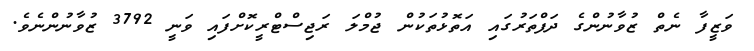
ވަޒީފާ ނެތް ޒުވާނުންގެ ދަފްތަރުގައި އަތޮޅުތަކުން ޖުމްލަ ރަޖިސްޓްރީކޮށްފައި ވަނީ 3792 ޒުވާނުންނެވެ.